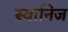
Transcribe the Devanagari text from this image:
स्वानिज